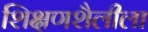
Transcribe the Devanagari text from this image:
शिक्षणशैलीला